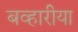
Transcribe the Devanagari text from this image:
बव्हारीया